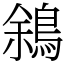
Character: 䳜